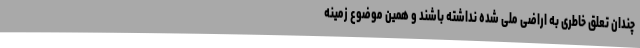
چندان تعلق خاطری به اراضی ملی شده نداشته باشند و همین موضوع زمینه